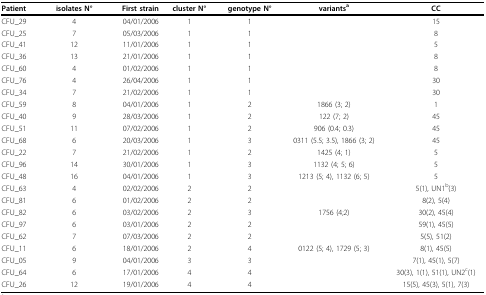
<table><thead><tr><td><b>Patient</b></td><td><b>isolates N°</b></td><td><b>First strain</b></td><td><b>cluster N°</b></td><td><b>genotype N°</b></td><td><b>variants<sup>a</sup></b></td><td><b>CC</b></td></tr></thead><tbody><tr><td>CFU_29</td><td>4</td><td>04/01/2006</td><td>1</td><td>1</td><td></td><td>15</td></tr><tr><td>CFU_25</td><td>7</td><td>05/03/2006</td><td>1</td><td>1</td><td></td><td>8</td></tr><tr><td>CFU_41</td><td>12</td><td>11/01/2006</td><td>1</td><td>1</td><td></td><td>5</td></tr><tr><td>CFU_36</td><td>13</td><td>21/01/2006</td><td>1</td><td>1</td><td></td><td>8</td></tr><tr><td>CFU_60</td><td>4</td><td>01/02/2006</td><td>1</td><td>1</td><td></td><td>8</td></tr><tr><td>CFU_76</td><td>4</td><td>26/04/2006</td><td>1</td><td>1</td><td></td><td>30</td></tr><tr><td>CFU_34</td><td>7</td><td>21/02/2006</td><td>1</td><td>1</td><td></td><td>30</td></tr><tr><td>CFU_59</td><td>8</td><td>04/01/2006</td><td>1</td><td>2</td><td>1866 (3; 2)</td><td>1</td></tr><tr><td>CFU_40</td><td>9</td><td>28/03/2006</td><td>1</td><td>2</td><td>122 (7; 2)</td><td>45</td></tr><tr><td>CFU_51</td><td>11</td><td>07/02/2006</td><td>1</td><td>2</td><td>906 (0.4; 0.3)</td><td>45</td></tr><tr><td>CFU_68</td><td>6</td><td>20/03/2006</td><td>1</td><td>3</td><td>0311 (5.5; 3.5), 1866 (3; 2)</td><td>45</td></tr><tr><td>CFU_22</td><td>7</td><td>21/02/2006</td><td>1</td><td>2</td><td>1425 (4; 1)</td><td>5</td></tr><tr><td>CFU_96</td><td>14</td><td>30/01/2006</td><td>1</td><td>3</td><td>1132 (4; 5; 6)</td><td>5</td></tr><tr><td>CFU_48</td><td>16</td><td>04/01/2006</td><td>1</td><td>3</td><td>1213 (5; 4), 1132 (6; 5)</td><td>5</td></tr><tr><td>CFU_63</td><td>4</td><td>02/02/2006</td><td>2</td><td>2</td><td></td><td>5(1), UN1<sup>b</sup>(3)</td></tr><tr><td>CFU_81</td><td>6</td><td>01/02/2006</td><td>2</td><td>2</td><td></td><td>8(2), 5(4)</td></tr><tr><td>CFU_82</td><td>6</td><td>03/02/2006</td><td>2</td><td>3</td><td>1756 (4;2)</td><td>30(2), 45(4)</td></tr><tr><td>CFU_97</td><td>6</td><td>03/01/2006</td><td>2</td><td>2</td><td></td><td>59(1), 45(5)</td></tr><tr><td>CFU_62</td><td>7</td><td>07/03/2006</td><td>2</td><td>2</td><td></td><td>5(5), 51(2)</td></tr><tr><td>CFU_11</td><td>6</td><td>18/01/2006</td><td>2</td><td>4</td><td>0122 (5; 4), 1729 (5; 3)</td><td>8(1), 45(5)</td></tr><tr><td>CFU_05</td><td>9</td><td>04/01/2006</td><td>3</td><td>3</td><td></td><td>7(1), 45(1), 5(7)</td></tr><tr><td>CFU_64</td><td>6</td><td>17/01/2006</td><td>4</td><td>4</td><td></td><td>30(3), 1(1), 51(1), UN2<sup>c</sup>(1)</td></tr><tr><td>CFU_26</td><td>12</td><td>19/01/2006</td><td>4</td><td>4</td><td></td><td>15(5), 45(3), 5(1), 7(3)</td></tr></tbody></table>